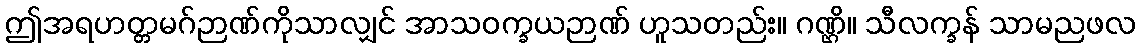
ဤအရဟတ္တမဂ်ဉာဏ်ကိုသာလျှင် အာသဝက္ခယဉာဏ် ဟူသတည်း။ ဂဏ္ဌိ။ သီလက္ခန် သာမညဖလ